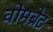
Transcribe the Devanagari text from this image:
वोमब्रेट